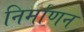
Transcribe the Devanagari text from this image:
निर्माणन